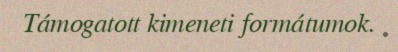
Támogatott kimeneti formátumok.